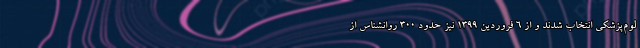
لوم‌پزشکی انتخاب شدند و از ۶ فروردین ۱۳۹۹ نیز حدود ۳۰۰ روانشناس از